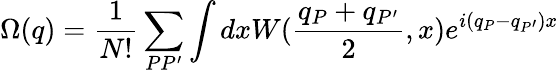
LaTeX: \Omega(q)=\frac 1{N!}\sum_{PP^{\prime}}\int dxW(\frac{q_{P}+q_{P^{\prime}}}2,x)e^{i(q_{P}-q_{P^{\prime}})x}